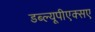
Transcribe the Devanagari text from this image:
डब्ल्यूपीएक्सए